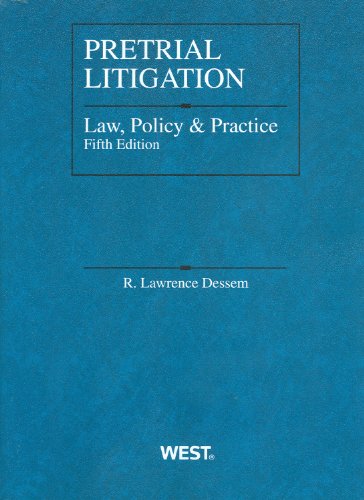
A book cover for Pretrial Litigation Law, Policy and Practice (American Casebook Series); R. Dessem; Law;